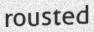
rousted